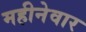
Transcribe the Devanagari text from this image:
महीनेवार